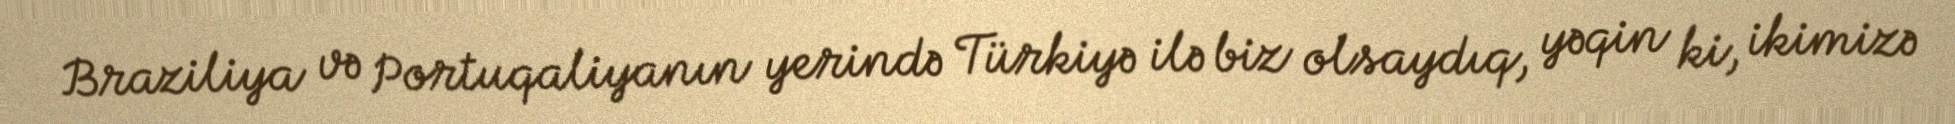
Braziliya və Portuqaliyanın yerində Türkiyə ilə biz olsaydıq, yəqin ki, ikimizə